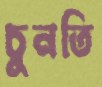
চুনতি